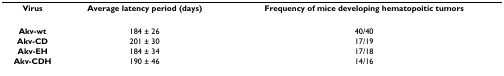
| Virus | Average latency period (days) | Frequency of mice developing hematopoitic tumors |
 | --- | --- | --- |
 | Akv-wt | 184 ± 26 | 40/40 |
 | Akv-CD | 201 ± 30 | 17/19 |
 | Akv-EH | 184 ± 34 | 17/18 |
 | Akv-CDH | 190 ± 46 | 14/16 |